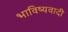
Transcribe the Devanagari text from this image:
भाविष्यवादी